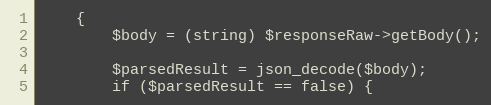
Language: PHP
    {
        $body = (string) $responseRaw->getBody();

        $parsedResult = json_decode($body);
        if ($parsedResult == false) {